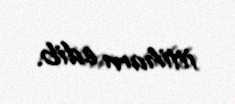
ittiham edib.